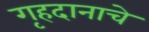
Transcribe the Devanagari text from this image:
गृहदानाचे